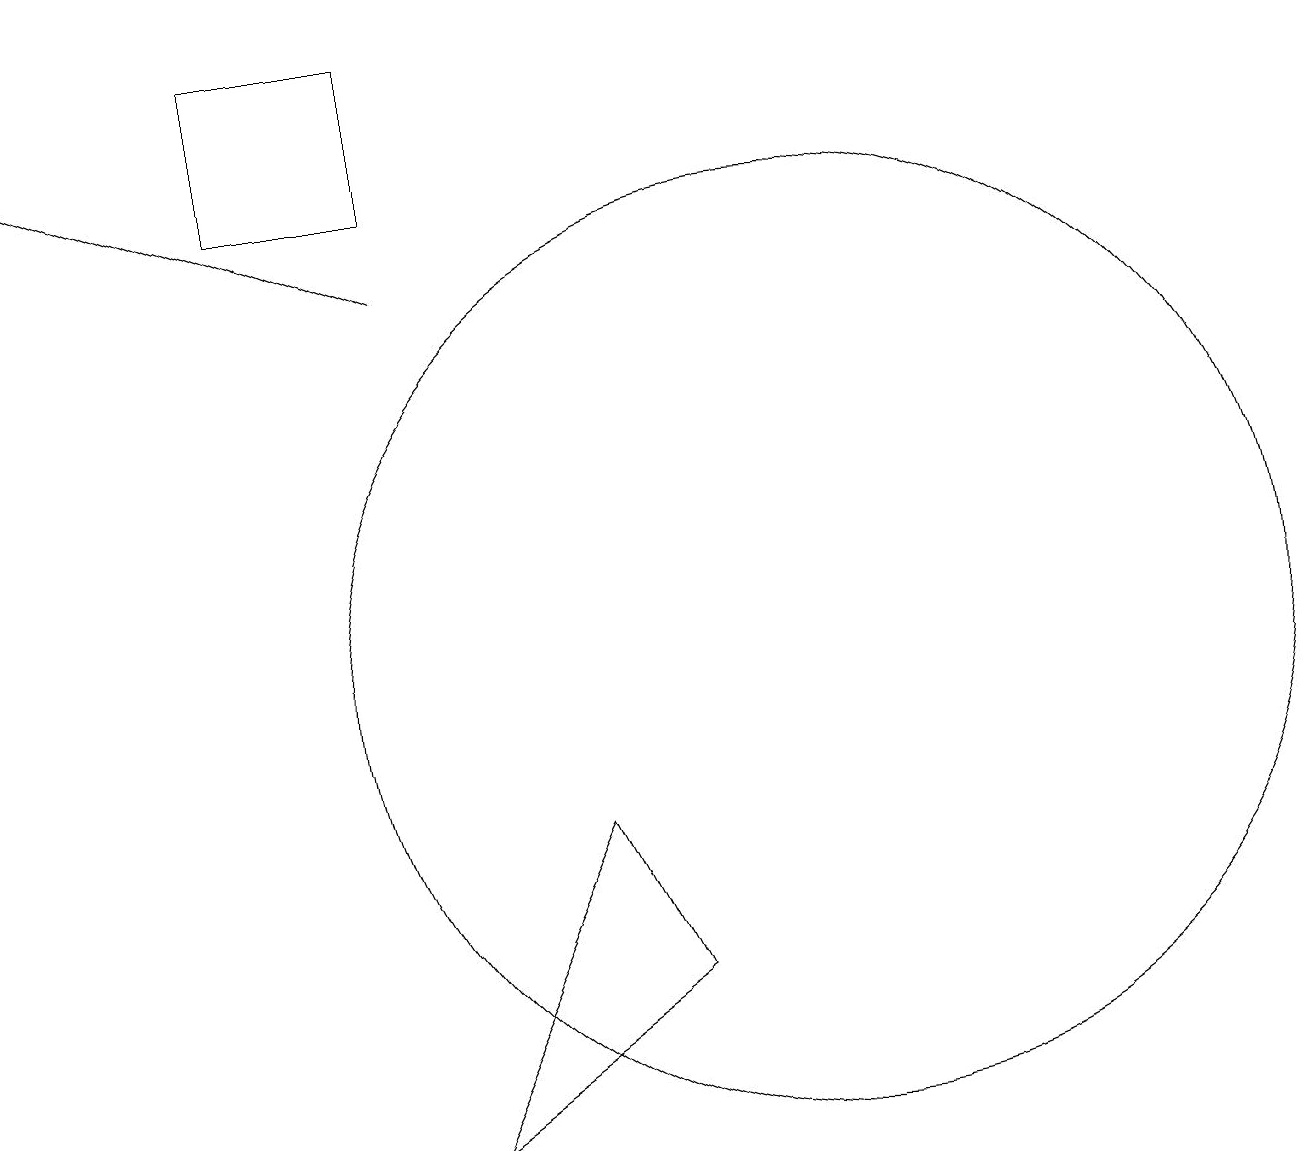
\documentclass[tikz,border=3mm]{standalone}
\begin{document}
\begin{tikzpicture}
\draw[->] (6,15) -- (1,17);
\draw (6,4) -- (8,8) -- (9,6) -- cycle;
\draw (4,16) rectangle (6,18);
\draw (11,10) circle (6);
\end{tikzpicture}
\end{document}